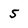
Character: 5